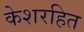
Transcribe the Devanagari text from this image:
केशरहित